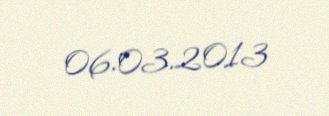
06.03.2013